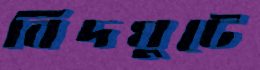
বিদঘুটে